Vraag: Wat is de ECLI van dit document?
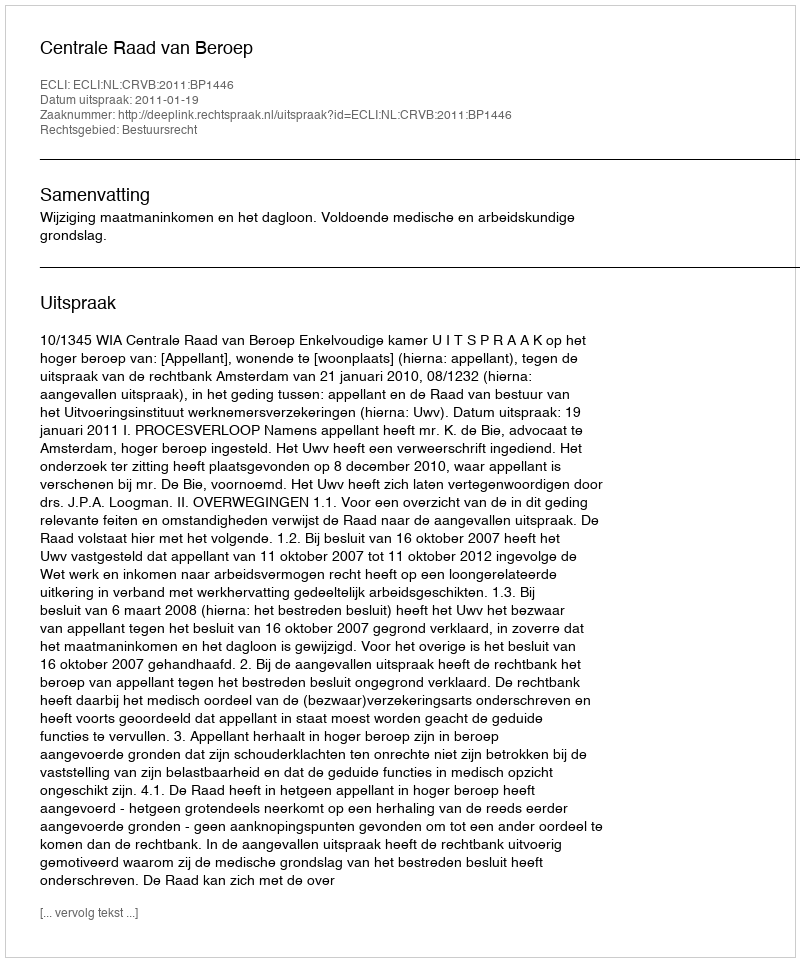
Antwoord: ECLI:NL:CRVB:2011:BP1446